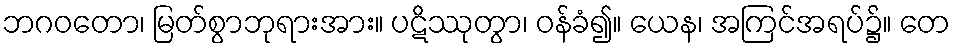
ဘဂဝတော၊ မြတ်စွာဘုရားအား။ ပဋိဿုတွာ၊ ဝန်ခံ၍။ ယေန၊ အကြင်အရပ်၌။ တေ